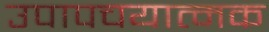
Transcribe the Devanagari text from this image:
उपापचयात्मक